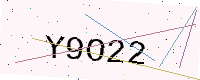
Text: Y9O22